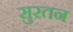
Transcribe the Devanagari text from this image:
सुरतन